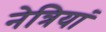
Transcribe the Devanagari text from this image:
नेत्रियां